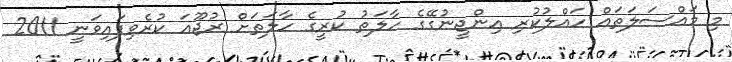
މި މައްސަލަތައް ހައްލުކުރި އިންޖީނުގޭގެ ހާލަތު ކުރީގެ ހާލަތަށް ރުޖޫޢަ ކުރެވިފައިވަނީ 2011